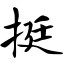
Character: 挺